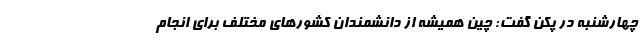
چهارشنبه در پکن گفت: چین همیشه از دانشمندان کشور‌های مختلف برای انجام